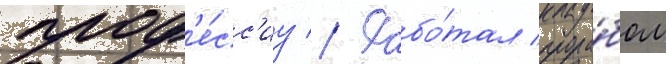
проф'е́сс'иу // Рабо́тал прора́бом